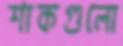
শাকগুলো